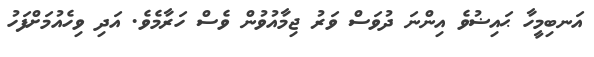
އަނބިމީހާ ޙައިޟުވެ އިންނަ ދުވަސް ވަރު ޖިމާއުވުން ވެސް ހަރާމެވެ. އަދި ވިހެއުމަށްފަހު